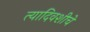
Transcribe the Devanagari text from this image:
त्यादिवशीचे